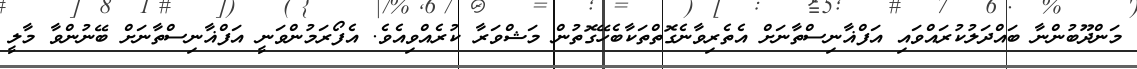
މަންދޫބުންނާ ބައްދަލުކުރައްވައި އަފްޣާނިސްތާނަށް އެތެރިވާނެގޮތްތަކާބެހޭގޮތުން މަޝްވަރާ ކުރެއްވިއެވެ. އެފޯރަމުންވަނީ އަފްޣާނިސްތާނަށް ބޭނުންވާ މާލީ